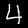
Label: 4